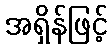
အရှိန်ဖြင့်